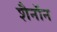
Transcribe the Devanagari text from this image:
शैनॉन